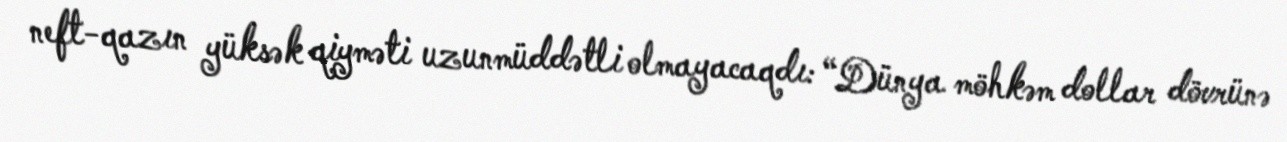
neft-qazın yüksək qiyməti uzunmüddətli olmayacaqdı: “Dünya möhkəm dollar dövrünə